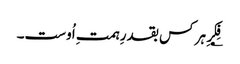
؂فِکرِ ہر کس بقدرِ ہمتِ اُوست۔